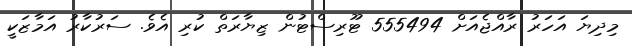
މިދިޔަ އަހަރު ރާއްޖެއަށް 555494 ޓޫރިސްޓުން ޒިޔާރަތް ކުރި އެވެ. ސަރުކާރު އަމާޒަކީ